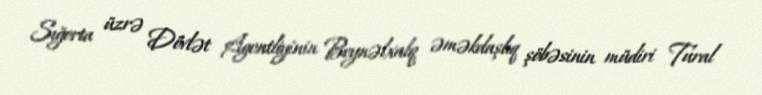
Sığorta üzrə Dövlət Agentliyinin Beynəlxalq əməkdaşlıq şöbəsinin müdiri Tural